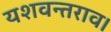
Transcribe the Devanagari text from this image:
यशवन्तराव।